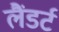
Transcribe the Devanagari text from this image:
लैंडर्ट